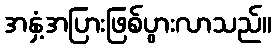
အနှံ့အပြားဖြစ်ပွားလာသည်။